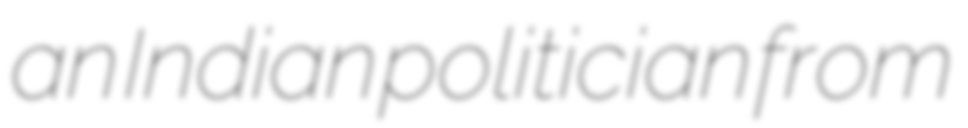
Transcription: an Indian politician from